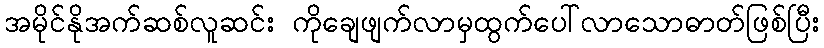
အမိုင်နိုအက်ဆစ်လူဆင်း ကိုချေဖျက်လာမှထွက်ပေါ်လာသောဓာတ်ဖြစ်ပြီး